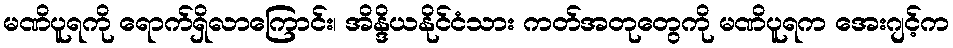
မဏိပူရကို ရောက်ရှိလာကြောင်း၊ အိန္ဒိယနိုင်ငံသား ကတ်အတုတွေကို မဏိပူရက အေးဂျင့်က